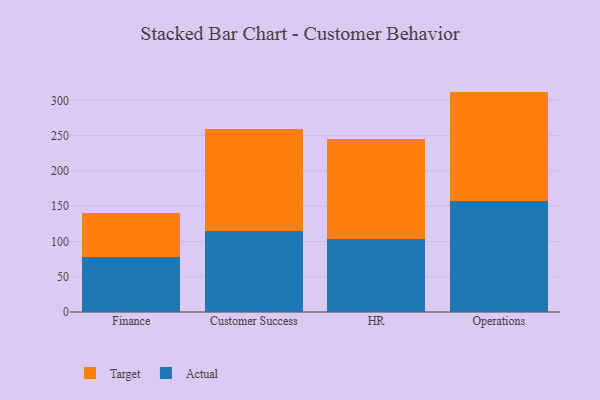
{"axis": {"x": "Department", "y": "Headcount"}, "legend": ["Actual", "Target"], "data": [{"x": "Finance", "y": 77.5, "type": "Actual"}, {"x": "Finance", "y": 62.7, "type": "Target"}, {"x": "Customer Success", "y": 114.8, "type": "Actual"}, {"x": "Customer Success", "y": 144.6, "type": "Target"}, {"x": "HR", "y": 104.0, "type": "Actual"}, {"x": "HR", "y": 141.1, "type": "Target"}, {"x": "Operations", "y": 157.0, "type": "Actual"}, {"x": "Operations", "y": 155.4, "type": "Target"}]}